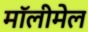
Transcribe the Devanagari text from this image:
मॉलीमेल